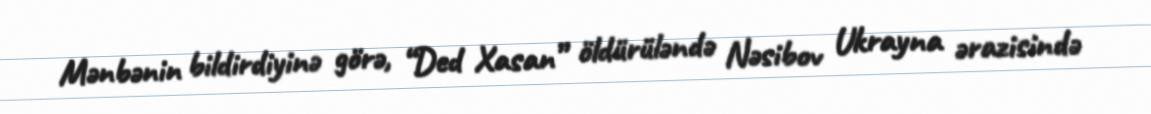
Mənbənin bildirdiyinə görə, “Ded Xasan” öldürüləndə Nəsibov Ukrayna ərazisində